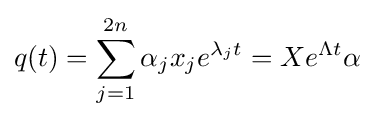
q(t)=\sum _{j=1}^{2n}\alpha _{j}x_{j}e^{\lambda _{j}t}=Xe^{\Lambda t}\alpha